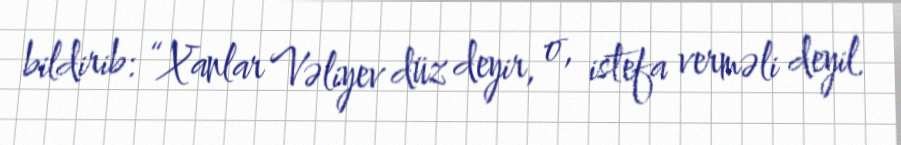
bildirib: “Xanlar Vəliyev düz deyir, o, istefa verməli deyil.